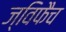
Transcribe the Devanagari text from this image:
ज्विफैच